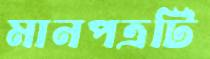
মানপত্রটি